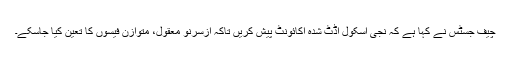
چیف جسٹس نے کہا ہے کہ نجی اسکول آڈٹ شدہ اکائونٹ پیش کریں تاکہ ازسرنو معقول، متوازن فیسوں کا تعین کیا جاسکے۔